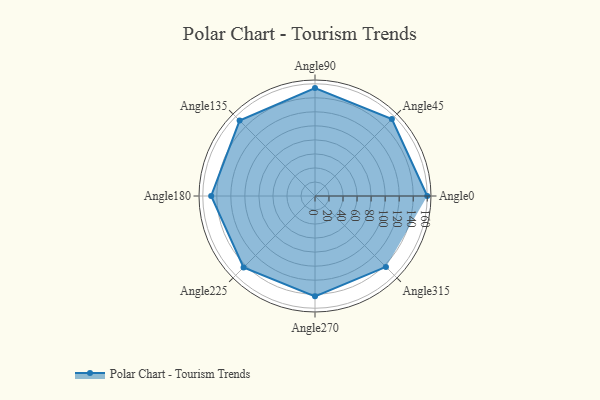
{"axis": {"x": "Angle", "y": "Radius"}, "legend": [""], "data": [{"x": "Angle0", "y": 160.0, "type": ""}, {"x": "Angle45", "y": 155.0, "type": ""}, {"x": "Angle90", "y": 154.0, "type": ""}, {"x": "Angle135", "y": 152.0, "type": ""}, {"x": "Angle180", "y": 148.0, "type": ""}, {"x": "Angle225", "y": 144.0, "type": ""}, {"x": "Angle270", "y": 143.0, "type": ""}, {"x": "Angle315", "y": 143.0, "type": ""}]}